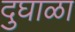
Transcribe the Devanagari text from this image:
दुघाळा